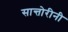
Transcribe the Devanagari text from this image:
सान्तोरीनी